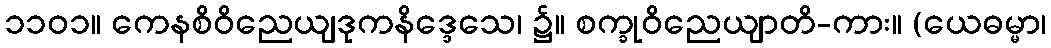
၁၁၀၁။ ကေနစိဝိညေယျဒုကနိဒ္ဒေသေ၊ ၌။ စက္ခုဝိညေယျာတိ-ကား။ (ယေဓမ္မာ၊